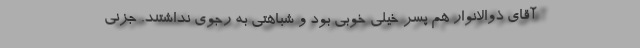
آقای ذوالانوار هم پسر خیلی خوبی بود و شباهتی به رجوی نداشتند. جزنی